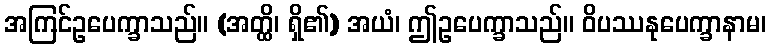
အကြင်ဥပေက္ခာသည်။ (အတ္ထိ၊ ရှိ၏) အယံ၊ ဤဥပေက္ခာသည်။ ဝိပဿနုပေက္ခာနာမ၊